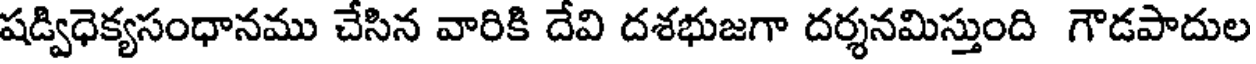
షడ్విధెక్యసంధానము చేసిన వారికి దేవి దశభుజగా దర్శనమిస్తుంది గౌడపాదుల